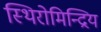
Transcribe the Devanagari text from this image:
स्थिरोमिन्द्रिय